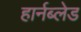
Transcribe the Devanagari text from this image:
हार्नब्लेड